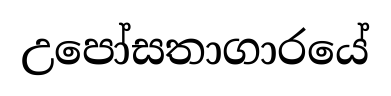
උපෝසතාගාරයේ